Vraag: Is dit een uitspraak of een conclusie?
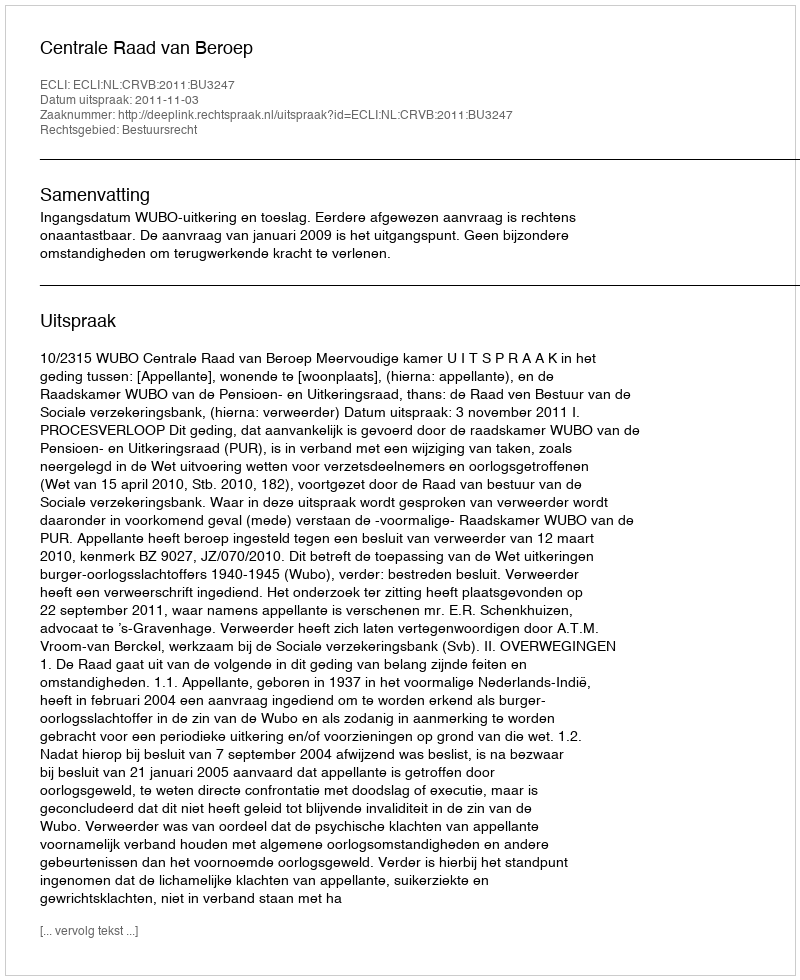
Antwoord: Uitspraak